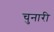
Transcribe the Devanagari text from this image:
चुनारी